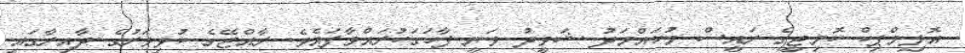
އޮލިމްޕިކް ކޮމިޓީގެ ރައީސް މުހައްމަދު ޝަވީދު ވަނީ ފާހަގަކުރައްވާފައެވެ. ރާއްޖޭގެ ކުޅިވަރުގެ ދާއިރާގައި